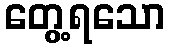
တွေ့ရသော